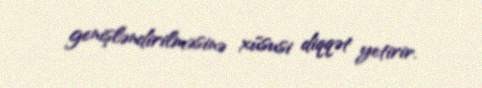
genişləndirilməsinə xüsusi diqqət yetirir.